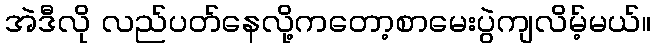
အဲဒီလို လည်ပတ်နေလို့ကတော့စာမေးပွဲကျလိမ့်မယ်။